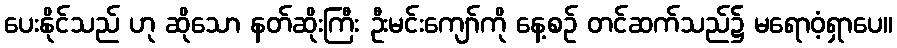
ပေးနိုင်သည် ဟု ဆိုသော နတ်ဆိုးကြီး ဦးမင်းကျော်ကို နေ့စဉ် တင်ဆက်သည်၌ မရောဝံ့ရှာပေ။